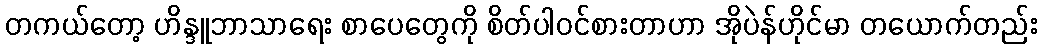
တကယ်တော့ ဟိန္ဒူဘာသာရေး စာပေတွေကို စိတ်ပါဝင်စားတာဟာ အိုပဲန်ဟိုင်မာ တယောက်တည်း